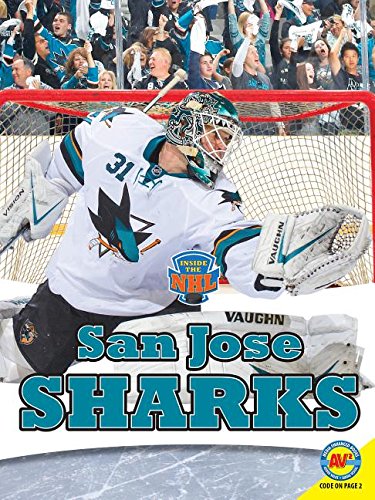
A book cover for San Jose Sharks (Inside the NHL); Laura Winters; Children's Books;